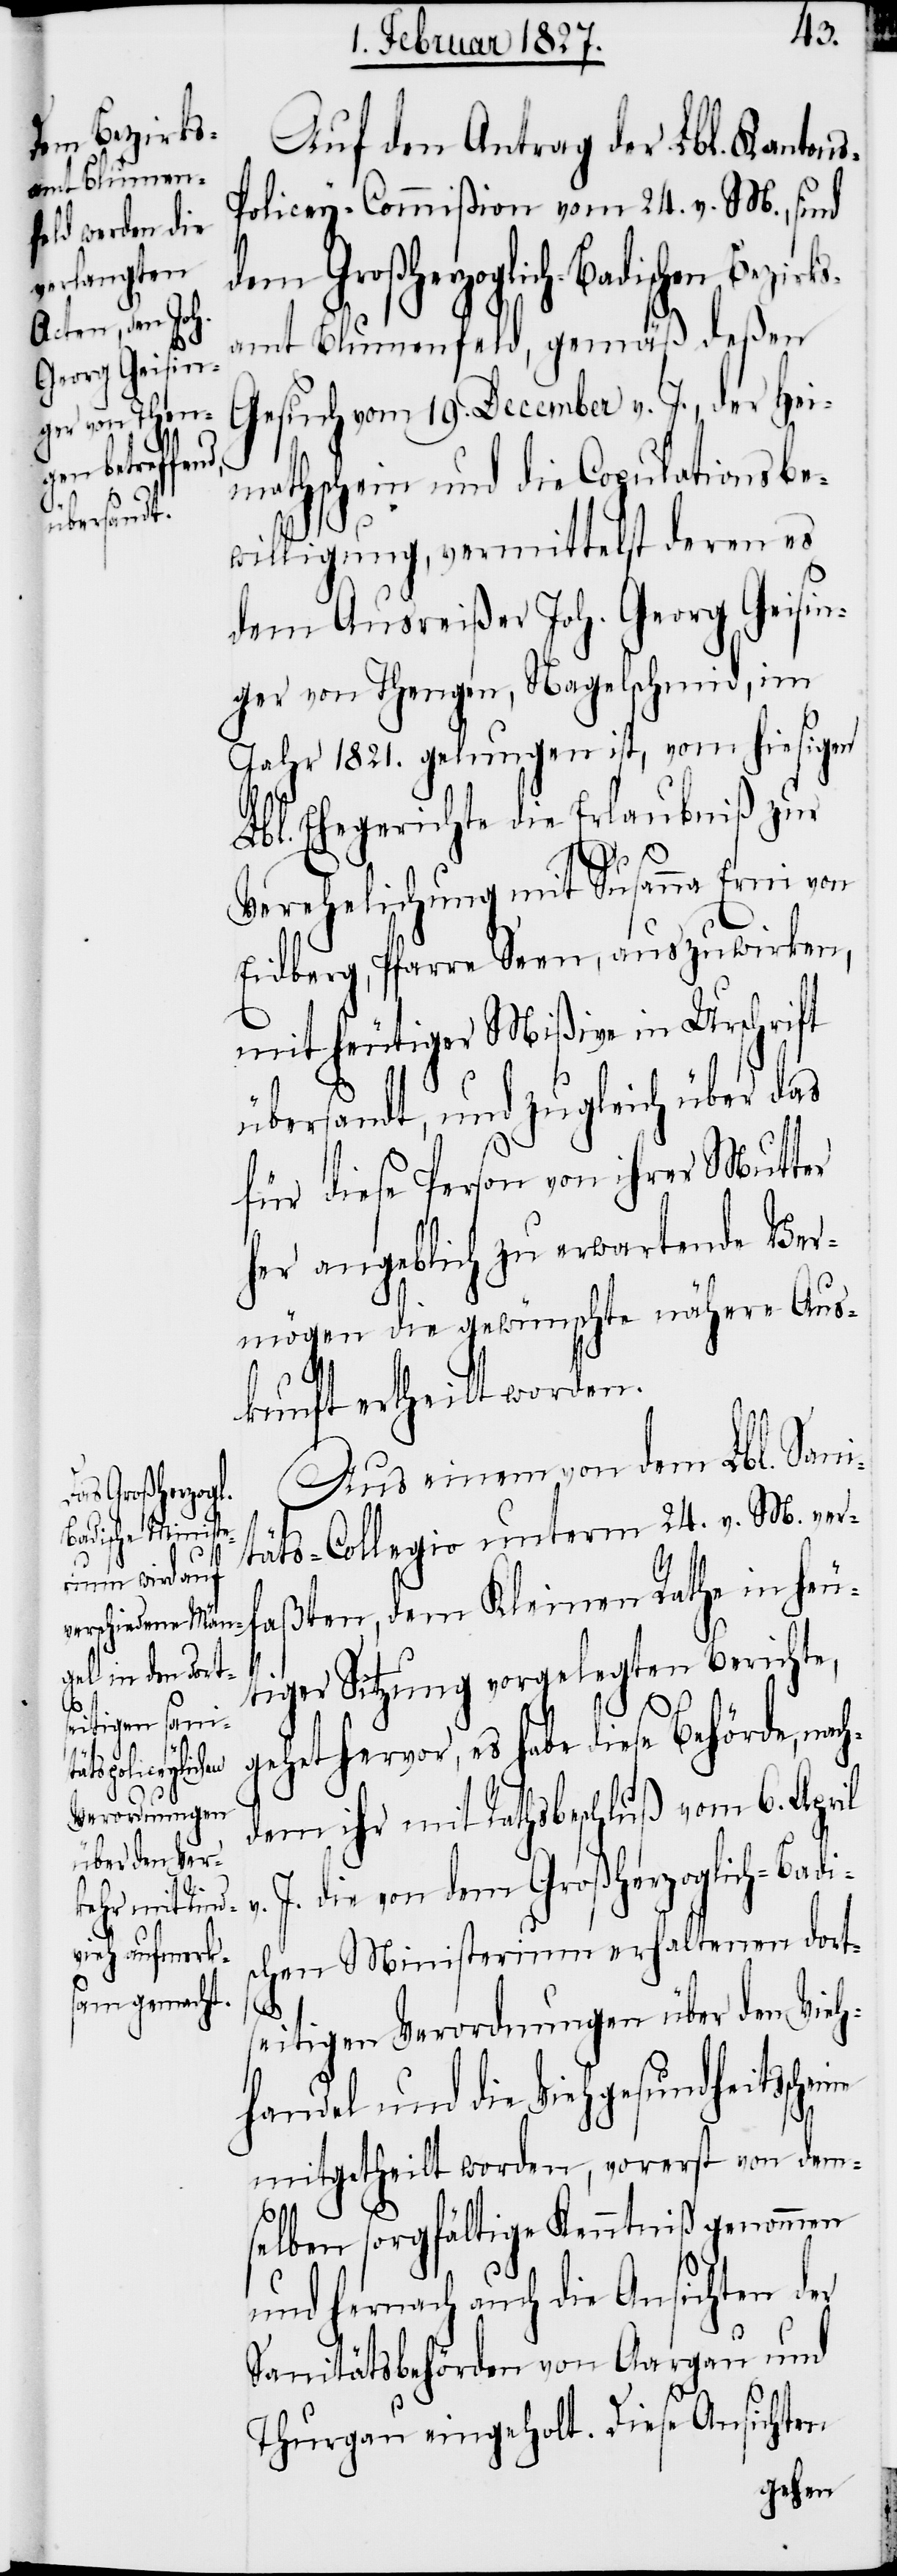
n Bezirks¬
s-P¬
itsscheine

Auf den Antrag der Lbl. Kanton¬
olicey-Commißion vom 24. v. M., sind
dem Großherzoglich-Badische¬
amt Blumenfeld, gemäß deßen
Gesuch vom 19. December v. J., der Hei¬
mathschein und die Copulationsbe¬
willigung, vermittelst deren es
dem Ausreißer Joh. Georg Geisin¬
ger von Thengen, Nagelschmid, im
Jahr 1821. gelungen ist, vom hiesigen
Lbl. Ehegerichte die Erlaubniß zur
Verehelichung mit Susanna Erni von
Eidberg, Pfarre Seen, auszuwirken,
mit heutiger Mißive in Urschrift
übersandt, und zugleich über das
für diese Person von ihrer Mutter
her angeblich zu erwartende Ver¬
mögen die gewünschte nähere Aus¬
kunft ertheilt worden.
Aus einem von dem Lbl. Sani¬
täts-Collegio unterm 24. v. M. ver¬
faßten, dem Kleinen Rathe in heu¬
tiger Sitzung vorgelegten Berichte,
gehet hervor, es habe diese Behörde, nac¬
hdem ihr mit Rathsbeschluß vom 6. April
J. die von dem Großherzoglich-Badi¬
schen Ministerium erhaltenen dorts¬
eitigen Verordnungen über den Vieh¬
handel und die Viehgesundhe¬
mitgetheilt worden, vorerst von dem¬
selben sorgfältige Kenntniß genommen
und hernach auch die Ansichten der
Sanitätsbehörden von Aargau und
Thurgau eingeholt. Diese Ansichten